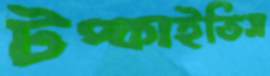
টপ্‌কাইতিস